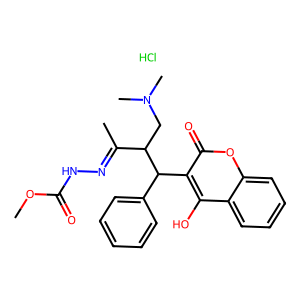
SMILES: COC(=O)NN=C(C)C(CN(C)C)C(c1ccccc1)c1c(O)c2ccccc2oc1=O.Cl
Inhibits HIV replication: No